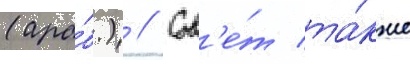
(ара́б.) // Сов'е́т та́кже